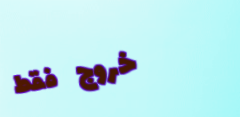
خروج فقط